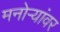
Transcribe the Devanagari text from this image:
मनोऱ्यांवर